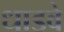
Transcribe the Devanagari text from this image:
धाडवे